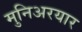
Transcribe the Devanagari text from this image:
मुनिअरयार